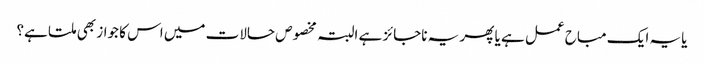
یا یہ ایک مباح عمل ہے یا پھر یہ ناجائز ہے البتہ مخصوص حالات میں اس کا جواز بھی ملتا ہے؟